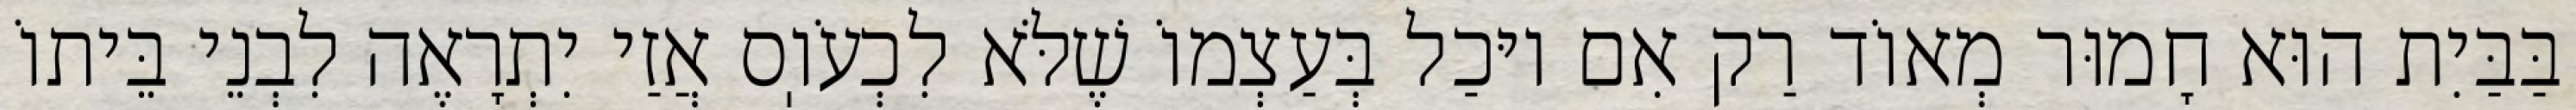
בַּבַּיִת הוּא חָמוּר מְאוֹד רַק אִם יוּכַל בְּעַצְמוֹ שֶׁלֹּא לִכְעֹוֽס אֲזַי יִתְרָאֶה לִבְנֵי בֵּיתוֹ